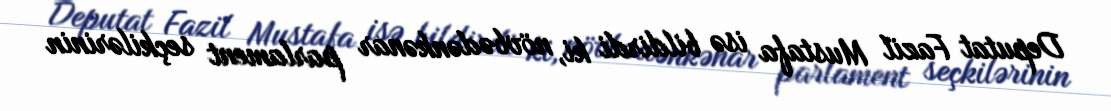
Deputat Fazil Mustafa isə bildirdi ki, növbədənkənar parlament seçkilərinin